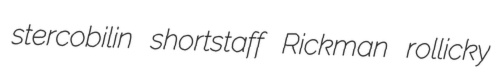
stercobilin shortstaff Rickman rollicky